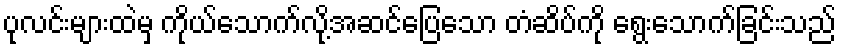
ပုလင်းများထဲမှ ကိုယ်သောက်လို့အဆင်ပြေသော တံဆိပ်ကို ရွေးသောက်ခြင်းသည်